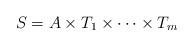
LaTeX: \begin{align*}S=A\times T_1\times\dots\times T_m\end{align*}